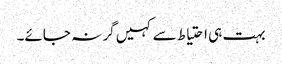
بہت ہی احتیاط سے کہیں گر نہ جائے۔